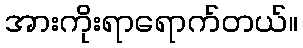
အားကိုးရာရောက်တယ်။